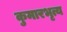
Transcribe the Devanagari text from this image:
कुमारभृत्य